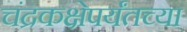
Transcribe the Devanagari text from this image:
चंद्रकक्षेपर्यंतच्या